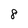
Character: 8